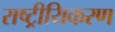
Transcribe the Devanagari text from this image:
राष्ट्रीयिकरण